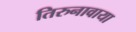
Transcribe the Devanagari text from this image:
तिरुनावाया